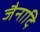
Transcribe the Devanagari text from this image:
जैनादि